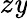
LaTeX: z\mathit{y}